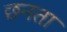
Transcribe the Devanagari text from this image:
छनता